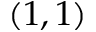
( 1 , 1 )